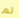
لم